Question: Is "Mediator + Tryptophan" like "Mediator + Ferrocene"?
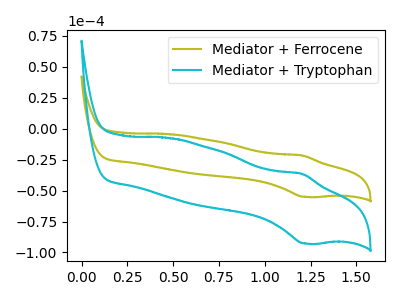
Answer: <think>The olive curve "Mediator + Ferrocene" has an anodic peak at (1.20V, -21.70uA) and a cathodic peak at (1.20V, -55.05uA). The cyan curve "Mediator + Tryptophan" has an anodic peak at (1.20V, -36.55uA) and a cathodic peak at (1.20V, -92.75uA).
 All the peaks in "Mediator + Tryptophan" have a peak in "Mediator + Ferrocene" at the same potential.</think>
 <answer>"Mediator + Tryptophan" and "Mediator + Ferrocene" are similar in shape.</answer>
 <eval>same_shape</eval>